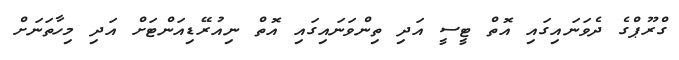
ގްރޫޕްގެ ދެވަނައިގައި އޮތް ޓީސީ އަދި ތިންވަނައިގައި އޮތް ނިއުރޭޑިއަންޓަށް އަދި މިހާތަނަށް